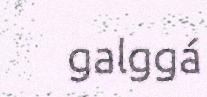
galggá